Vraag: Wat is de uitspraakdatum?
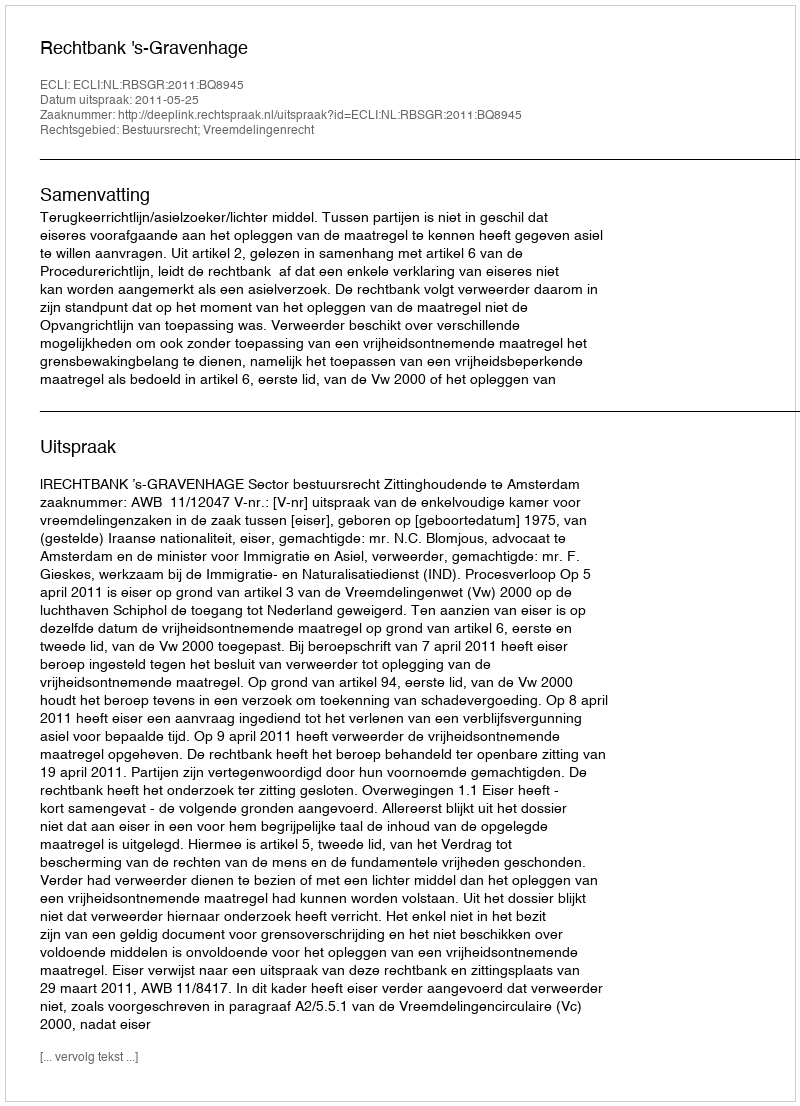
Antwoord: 2011-05-25